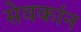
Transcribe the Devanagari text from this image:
सेवकांन